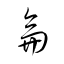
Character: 侖